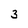
Character: 3